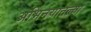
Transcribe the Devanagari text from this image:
अभिनयातल्या